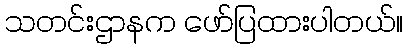
သတင်းဌာနက ဖော်ပြထားပါတယ်။